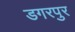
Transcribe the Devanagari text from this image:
डगरपुर